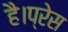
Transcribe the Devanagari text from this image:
है।प्रेस